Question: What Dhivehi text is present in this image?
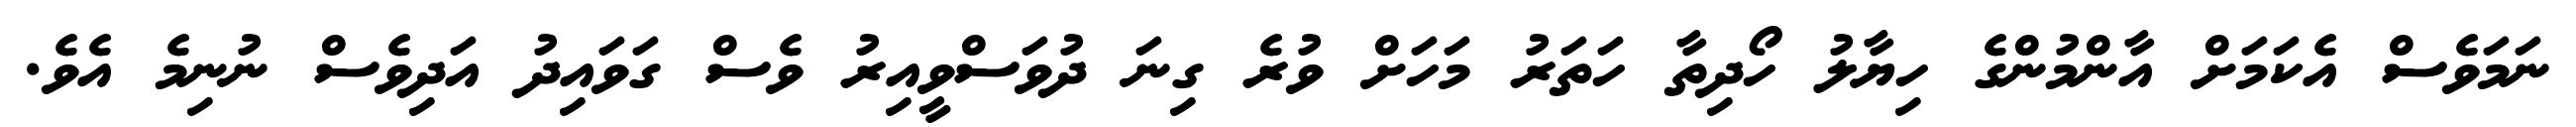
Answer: ނަމަވެސް އެކަމަށް އާންމުންގެ ހިޔާލު ހޯދިތާ ހަތަރު މަހަށް ވުރެ ގިނަ ދުވަސްވީއިރު ވެސް ގަވައިދު އަދިވެސް ނުނިމެ އެވެ.